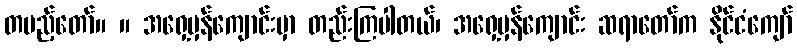
တပည့်တော်။ ။ အရှေ့မှန်ကျောင်းမှာ တည်းကြပါတယ်၊ အရှေ့မှန်ကျောင်း ဆရာတော်က နိုင်ငံကျော်